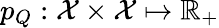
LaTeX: p_{Q}:\mathcal X\times\mathcal X\mapsto\mathbb R_{+}